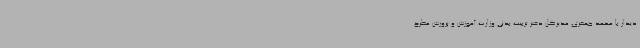
دیدار با محمد جعفری مدیرکل دفتر تربیت بدنی وزارت آموزش و پرورش مطرح